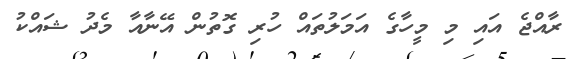
ރާއްޖެ އައި މި މީހާގެ އަމަލުތައް ހުރި ގޮތުން އޭނާއާ މެދު ޝައްކު